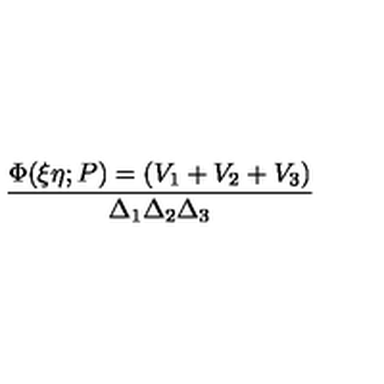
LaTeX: \frac { \Phi ( \xi \eta ; P ) = ( V _ { 1 } + V _ { 2 } + V _ { 3 } ) } { \Delta _ { 1 } \Delta _ { 2 } \Delta _ { 3 } }